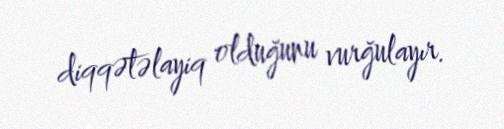
diqqətəlayiq olduğunu vurğulayır.